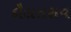
દૌલતરાવ